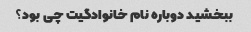
ببخشید دوباره نام خانوادگیت چی بود؟